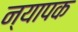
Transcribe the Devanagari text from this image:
न्यापक